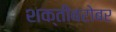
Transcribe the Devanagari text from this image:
शक्तींबरोबर